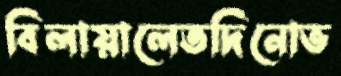
বিলায়ালেতদিনোভ